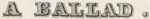
A BALLAD.